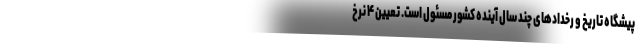
پیشگاه تاریخ و رخدادهای چند سال آینده کشور مسئول است. تعیین ۴ نرخ